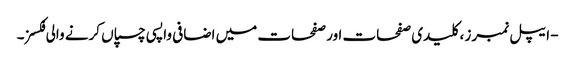
- ایپل نمبرز ، کلیدی صفحات اور صفحات میں اضافی واپسی چسپاں کرنے والی فکسز۔